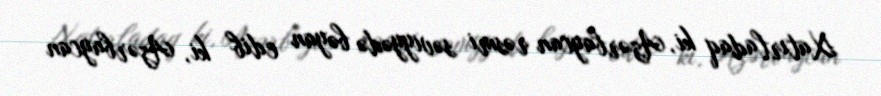
Xatırladaq ki, Azərbaycan rəsmi səviyyədə bəyan edib ki, Azərbaycan